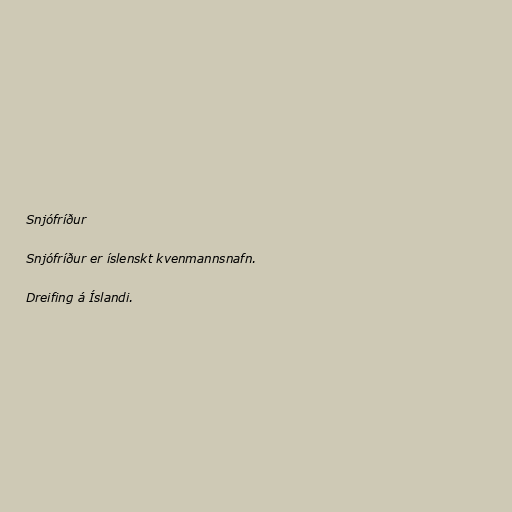
Snjófríður

Snjófríður er íslenskt kvenmannsnafn.

Dreifing á Íslandi.